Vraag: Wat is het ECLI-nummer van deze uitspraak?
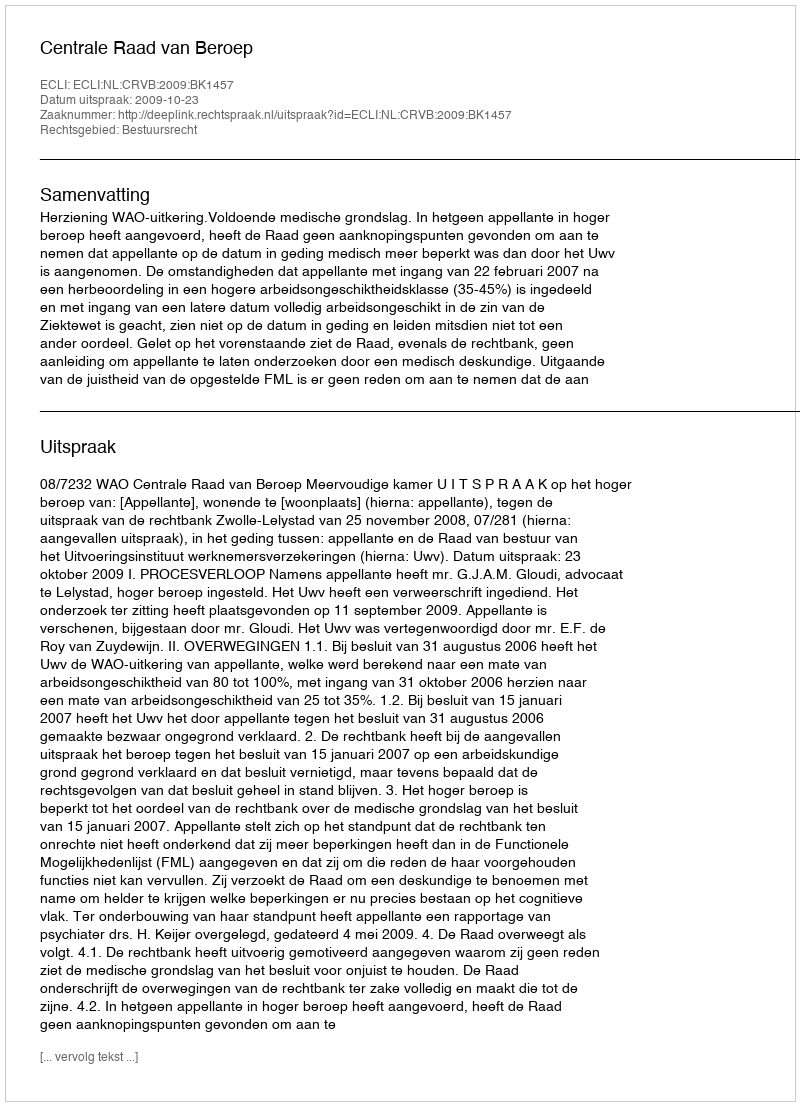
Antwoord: ECLI:NL:CRVB:2009:BK1457